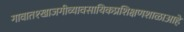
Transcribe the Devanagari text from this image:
गावात१खाजगीव्यावसायिकप्रशिक्षणशाळाआहे